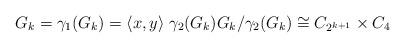
LaTeX: \begin{align*} G_k = \gamma_1(G_k) = \langle x,y \rangle \; \gamma_2(G_k) G_k/\gamma_2(G_k) \cong C_{2^{k+1}} \times C_{4} \end{align*}